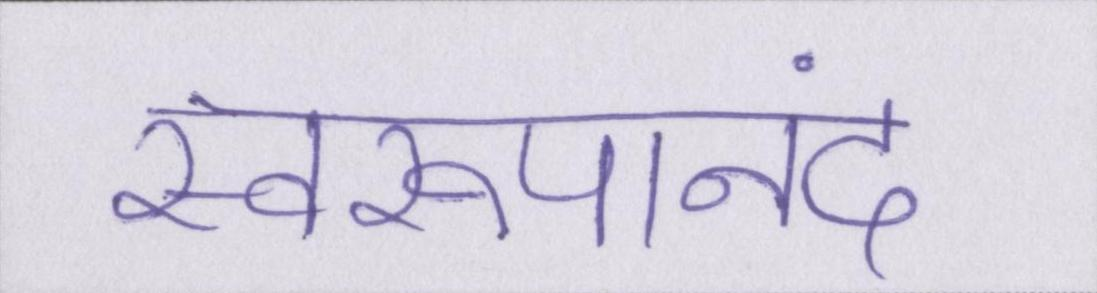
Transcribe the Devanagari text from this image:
स्वरूपानंद